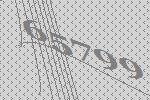
65799